Document type: Sale
Year: 1275
Scribe: Salvador de Baiona
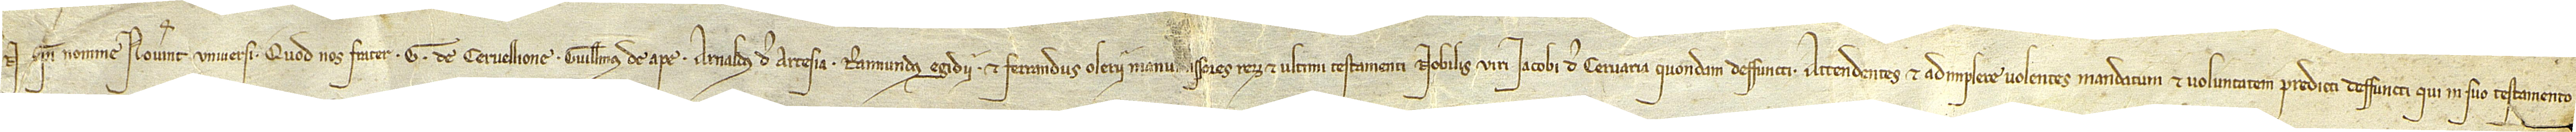
In Dei nomine. Notum universi quod nos frater G. de Cervellione, Guillelmus de Ape, Arnaldus de Artesia, Raimundus Egidii et Ferrandus Olerii, manu[mi]ssores rerum et ultimi testamenti nobilis viri Iacobi de Cervaria, quondam deffuncti, attendentes at adimplere volentes mandatum et voluntatem predicti deffuncti, qui in suo testamento